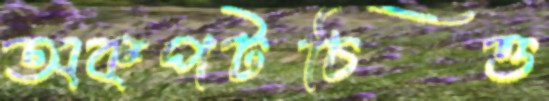
অকপটচিত্ত